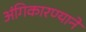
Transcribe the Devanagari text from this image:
अंगिकारण्याने